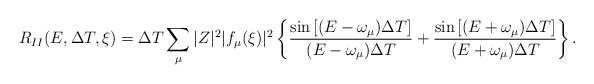
\begin{align*}R_{II}(E,\Delta T,\xi) = \Delta T \sum_{\mu}|Z|^{2}|f_{\mu}(\xi)|^{2}\left\{\frac{\sin\left[(E-\omega_{\mu})\Delta T\right]}{(E-\omega_{\mu})\Delta T}+\frac{\sin\left[(E+\omega_{\mu})\Delta T\right]}{(E+\omega_{\mu})\Delta T}\right\}. \end{align*}